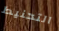
التحنيط